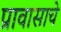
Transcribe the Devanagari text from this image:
प्रावासाचे